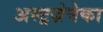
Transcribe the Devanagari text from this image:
अस्ट्रज़ेनेका